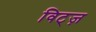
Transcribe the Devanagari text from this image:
विट्ज़